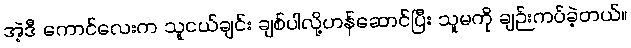
အဲ့ဒီ ကောင်လေးက သူငယ်ချင်း ချစ်ပါလို့ဟန်ဆောင်ပြီး သူမကို ချဉ်းကပ်ခဲ့တယ်။